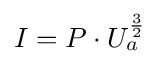
{I}={P}\cdot U_{a}^{\frac {3}{2}}